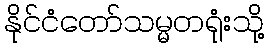
နိုင်ငံတော်သမ္မတရုံးသို့